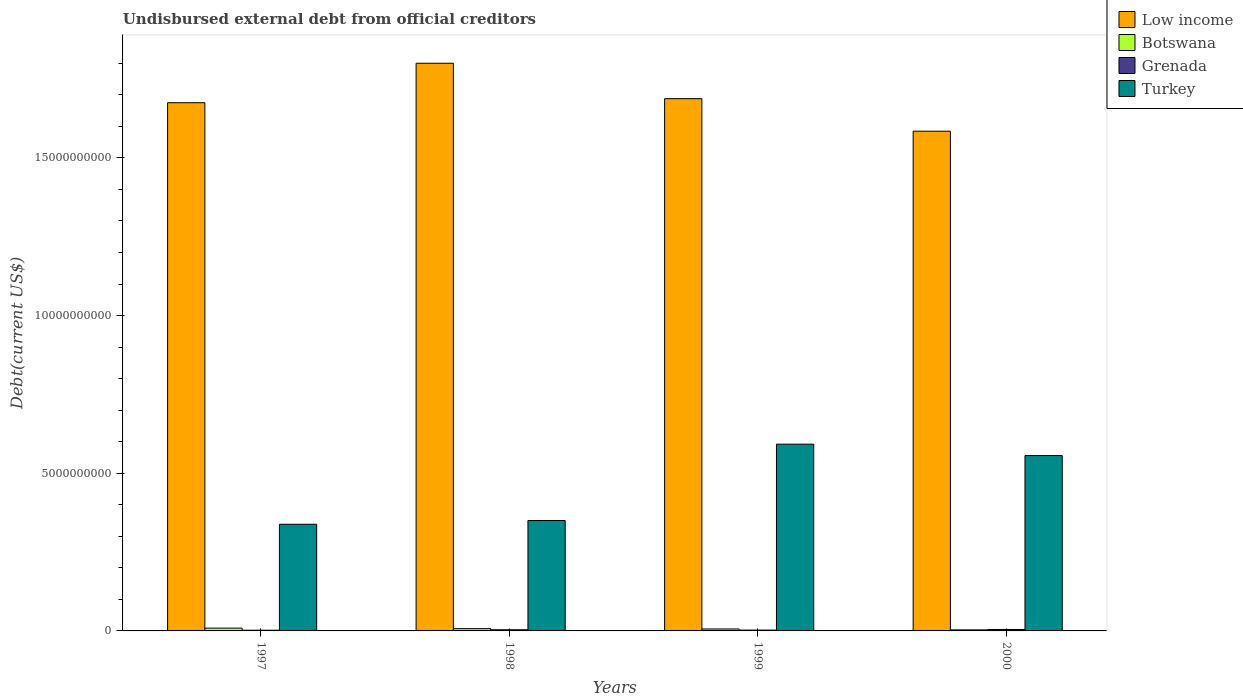
| Years | Low income | Botswana | Grenada | Turkey |
 | --- | --- | --- | --- | --- |
 | 1997 | 1.67e+10 | 8.9e+07 | 2.28e+07 | 3.38e+09 |
 | 1998 | 1.8e+10 | 7.19e+07 | 3.74e+07 | 3.5e+09 |
 | 1999 | 1.69e+10 | 6.2e+07 | 2.69e+07 | 5.92e+09 |
 | 2000 | 1.58e+10 | 3.4e+07 | 4.6e+07 | 5.56e+09 |